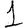
Digit: 1